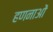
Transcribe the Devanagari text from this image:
हणनाओं